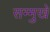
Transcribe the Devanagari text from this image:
सम्मुखे